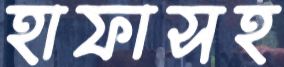
হাফাসহ